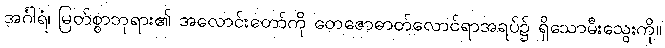
အင်္ဂါရံ၊ မြတ်စွာဘုရား၏ အလောင်းတော်ကို တေဇောဓာတ်လောင်ရာအရပ်၌ ရှိသောမီးသွေးကို။